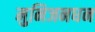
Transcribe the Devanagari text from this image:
मुनिजनधन